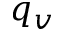
q _ { v }